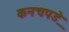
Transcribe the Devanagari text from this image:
कनचपडे़